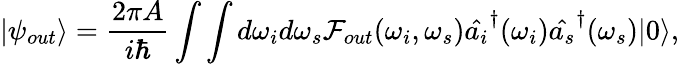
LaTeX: |\psi_{out}\rangle=\frac{2\pi A}{i\hbar}\int\int d\omega_{i}d\omega_{s}\mathcal{F}_{out}(\omega_{i},\omega_{s})\hat{a_{i}}^{\dagger}(\omega_{i})\hat{a_{s}}^{\dagger}(\omega_{s})|0\rangle,